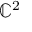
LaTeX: \mathbb { C } ^ { 2 }